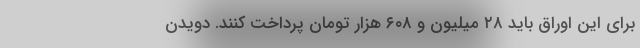
برای این اوراق باید ۲۸ میلیون و ۶۰۸ هزار تومان پرداخت کنند. دویدن